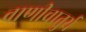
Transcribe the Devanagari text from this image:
वाणीचातुर्य